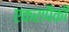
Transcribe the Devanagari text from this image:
एकरापैकी